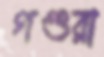
গণ্ডরা